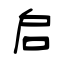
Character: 启